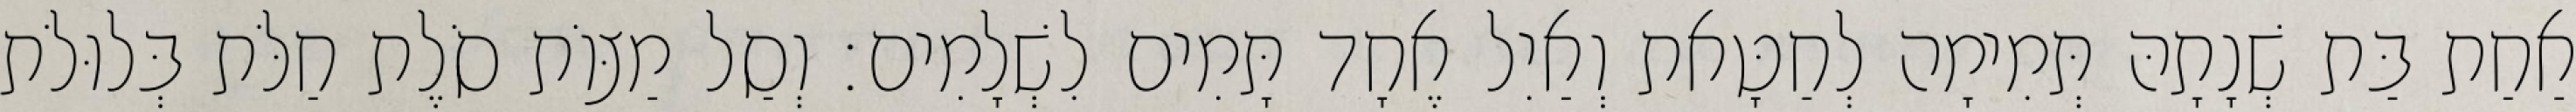
אַחַת בַּת שְׁנָתָהּ תְּמִימָה לְחַטָּאת וְאַיִל אֶחָד תָּמִים לִשְׁלָמִים׃ וְסַל מַצּוֹת סֹלֶת חַלֹּת בְּלוּלֹת